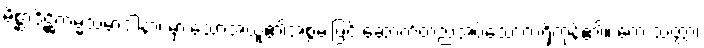
မိစ္ဆာဒိဋ္ဌိကမ္မသမာဒါနာ၊ မှားသောအယူ၏အစွမ်းဖြင့် ဆောက်တည်အပ်သောကံရှိကုန်၏။ တေ သတ္တာ၊